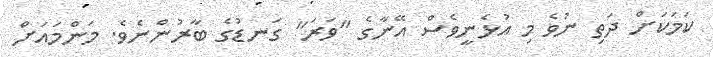
ކަމަކަށް ދަތި ނުވެ މި އުޅެނީވެސް އޭނާގެ "ވަރަ" ގަނޑުގެ ބާރުންނެވެ. މަންމައަށް